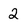
Character: 2